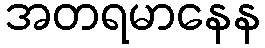
အတရမာနေန